Civil Veterinary Dept. Bombay admin report 1914-1922 - 1914-1922
Year: 1914
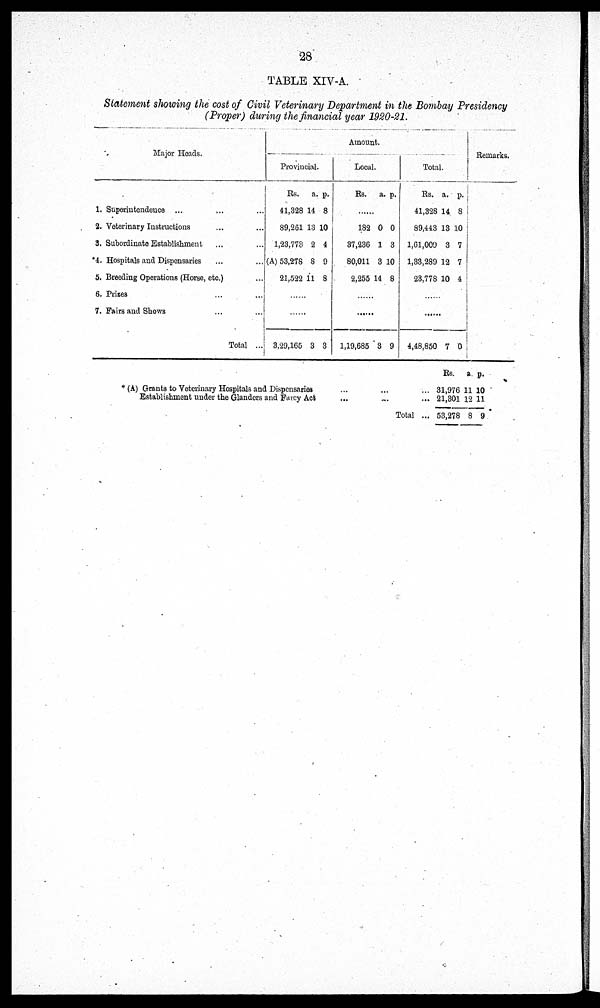
28
TABLE XIV-A.
Statement showing the cost of Civil Veterinary Department in the Bombay Presidency
(Proper) during the financial year 1920-21.
Major Heads.
1. Superintendence ... ... ...
2. Veterinary Instructions
3. Subordinate Establishment ... ...
4. Hospitals and Dispensaries ... ...
5. Breeding Operations (Horse, etc.) ...
6. Prizes ... ...
7. Fairs and Shows
...
...
Total ...
Amount.
Provincial.
Rs.
41,328
89,261
1,23,773
(A) 53,278
21,522
a.
14
13
2
8
11
p.
8
10
4
9
8
......
......
3,29,165 3 3
Local.
Rs. a. p.
......
182
37,236
80,011
2,255
0
1
3 1
14
0
3
0
8
......
......
1,19,685 3 9
Total.
Rs.
11,328
89,443
1,61,009
1,33,289
23,778
a.
14
13
3
12
10
p.
8
10
7
7
4
......
......
4,48,850 7 0
Remarks.
*(A) Grants to Veterinary Hospitals and Dispensaries ... ... ...
Establishment under the Glanders and Farcy Act
...
...
...
Total ...
Rs.
31,976
21,301
53,278
a.
11
12
8
p.
10
11
9